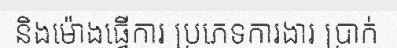
និងម៉ោងធ្វើការ ប្រភេទការងារ ប្រាក់